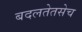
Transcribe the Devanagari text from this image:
बदलतेतसेच